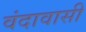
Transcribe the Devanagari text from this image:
वंदावासी